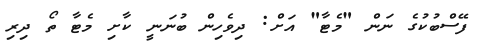
ފޭސްބުކުގެ ނަން "މެޓާ" އަށް: ދިވެހިން ބުނަނީ ކާށި މެޓާ ތޯ ދިރި